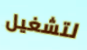
لتشغيل